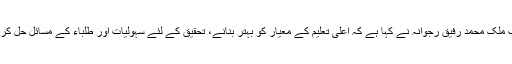
11 اکتوبر2017ء) گورنر پنجاب ملک محمد رفیق رجوانہ نے کہا ہے کہ اعلیٰ تعلیم کے معیار کو بہتر بنانے، تحقیق کے لئے سہولیات اور طلباء کے مسائل حل کرنے پر خصوصی توجہ دی جائے۔